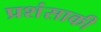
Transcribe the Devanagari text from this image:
प्रशंसाकी